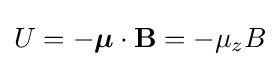
U=-{\boldsymbol {\mu }}\cdot \mathbf {B} =-\mu _{z}B\,\!